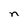
Character: n